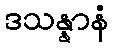
ဒသန္နာနံ